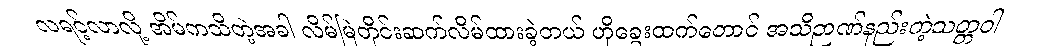
လရင့်လာလို့ အိမ်ကသိတဲ့အခါ လိမ်မြဲတိုင်းဆက်လိမ်ထားခဲ့တယ် ဟိုခွေးထက်တောင် အသိဉာဏ်နည်းတဲ့သတ္တဝါ